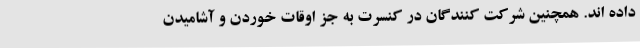
داده اند. همچنین شرکت کنندگان در کنسرت به جز اوقات خوردن و آشامیدن